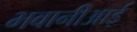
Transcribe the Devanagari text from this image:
भवानीआई